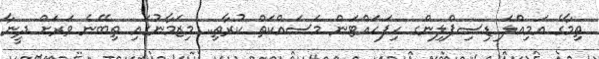
ތިމާގެ އަމިއްލަ ޑިސިޕްލިންގ ހިފަހައްޓަން މަސައްކަތް ކުރާތި.. މިޒަމާނުގައި ތިބޭނެ ވަރަށް ދީނާ